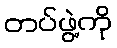
တပ်ဖွဲ့ကို